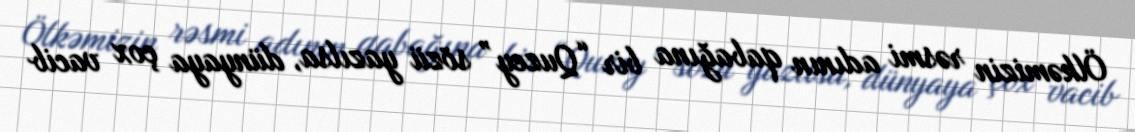
Ölkəmizin rəsmi adının qabağına bir “Quzey” sözü yazılsa, dünyaya çox vacib